Scottish Education Department, 1935
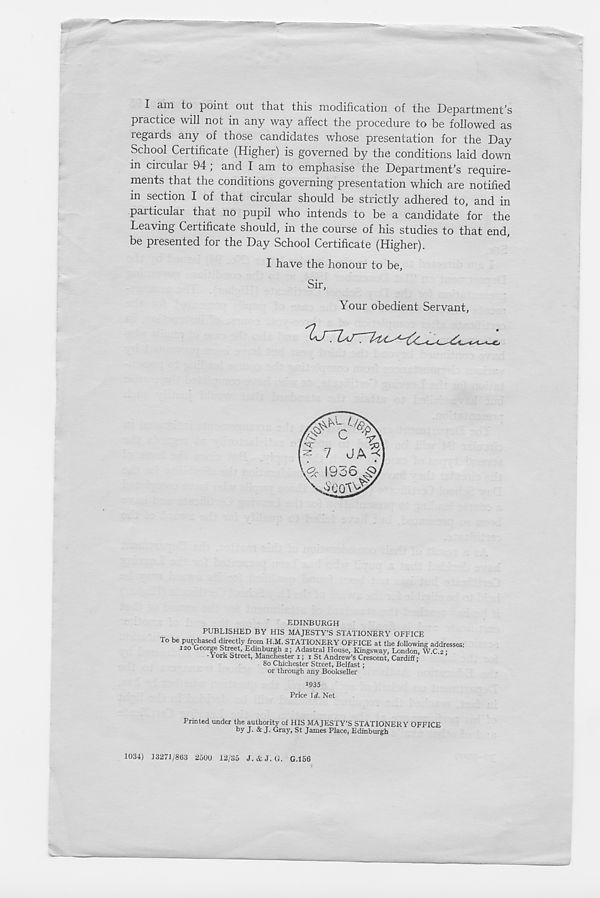
I am to point out that this modification of the Department’s
practice will not in any way affect the procedure to be followed as
regards any of those candidates whose presentation for the Day
School Certificate (Higher) is governed by the conditions laid down
in circular 94 ; and I am to emphasise the Department’s require-
ments that the conditions governing presentation which are notified
m section I of that circular should be strictly adhered to, and in
pai ticular that no pupil who intends to be a candidate for the
Leaving Certificate should, in the course of his studies to that end,
be presented for the Day School Certificate (Higher).
I have the honour to be,
Sir,
Your obedient Servant,
EDINBURGH
PUBLISHED BY HIS MAJESTY’S STATIONERY OFFICE
•York Street, Manchester i; i St Andrew’s Crescent, Cardiff;
80 Chichester Street, Belfast;
or through any Bookseller
Price Id. Net
Printed under the authority of HIS MAJESTY’S STATIONERY OFFICE
by J- & J- Gray, St James Place, Edinburgh
1034) 13271/863 2500 12/35 J. it J. G. G.156